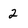
Character: 2